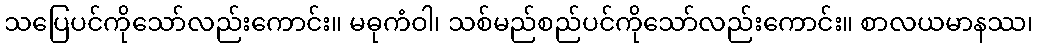
သပြေပင်ကိုသော်လည်းကောင်း။ မဓုကံဝါ၊ သစ်မည်စည်ပင်ကိုသော်လည်းကောင်း။ စာလယမာနဿ၊